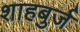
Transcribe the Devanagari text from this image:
शाहबुर्ज